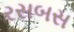
રસબસ